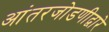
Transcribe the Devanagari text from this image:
आंतरजोडणीद्वारे